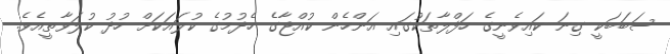
ސަބަބަކީ ގިނަ ކައިވެނީގެ ހަފްލާތަކުގައި އަންހެން ކުއްޖާގެ ހެދުމުގެ ކުލައަކަށް ހުދު ކުލަވާތީއެވެ.